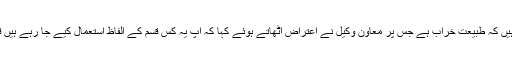
ڈپٹی پراسیکیوٹر جنرل نیب نے کہا کہ اپنی مرضی کا وقت رکھ کر کہہ رہے ہیں کہ طبیعت خراب ہے جس پر معاون وکیل نے اعتراض اٹھاتے ہوئے کہا کہ آپ یہ کس قسم کے الفاظ استعمال کیے جا رہے ہیں ٗقانون کے ساتھ ہمارا ایک اخلاقیات کا پرچہ بھی ہوتا تھا جو آج نظر نہیں آرہیں۔